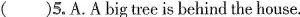
( )5. A. A big tree is behind the house.